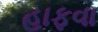
હાફવા